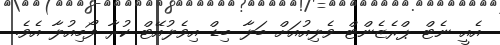
އެއީ ނެޓް ޕްރެޒެންޓް ވެލިއުއަށް ބަލާ ބިޑް އިވެލުއޭޓް ކުރާ ފޯމިއުލާ އެވެ.